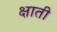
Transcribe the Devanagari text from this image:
क्षाती